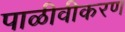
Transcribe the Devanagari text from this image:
पाळीवीकरण